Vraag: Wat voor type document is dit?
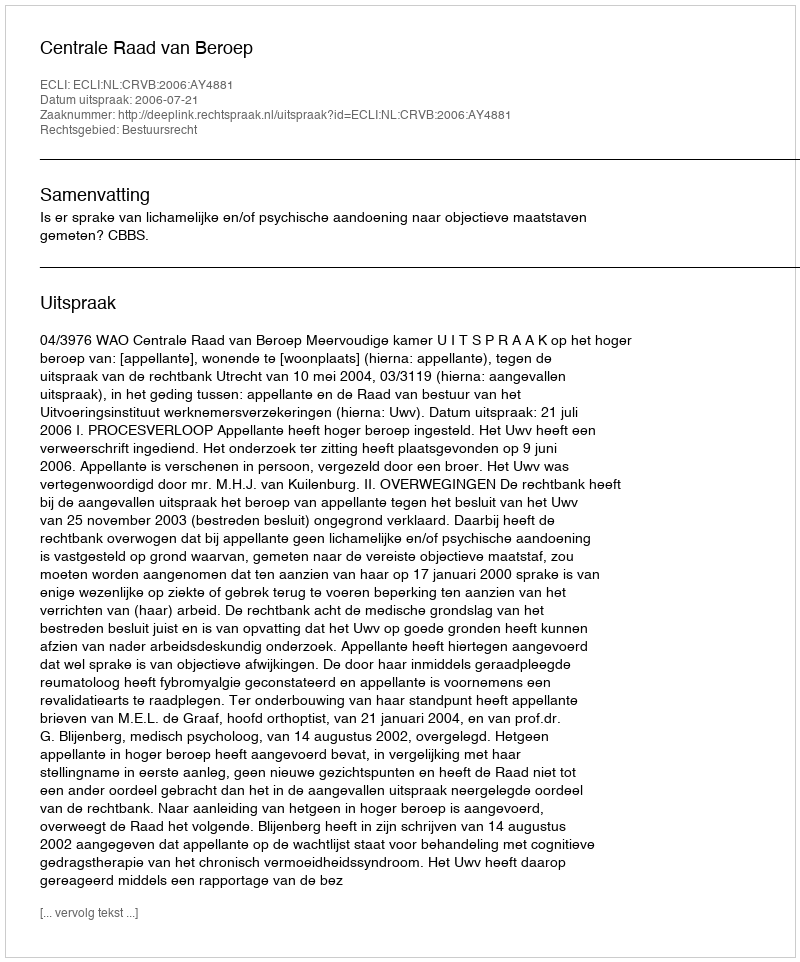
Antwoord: Uitspraak